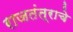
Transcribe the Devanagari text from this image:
राजतंत्राचे